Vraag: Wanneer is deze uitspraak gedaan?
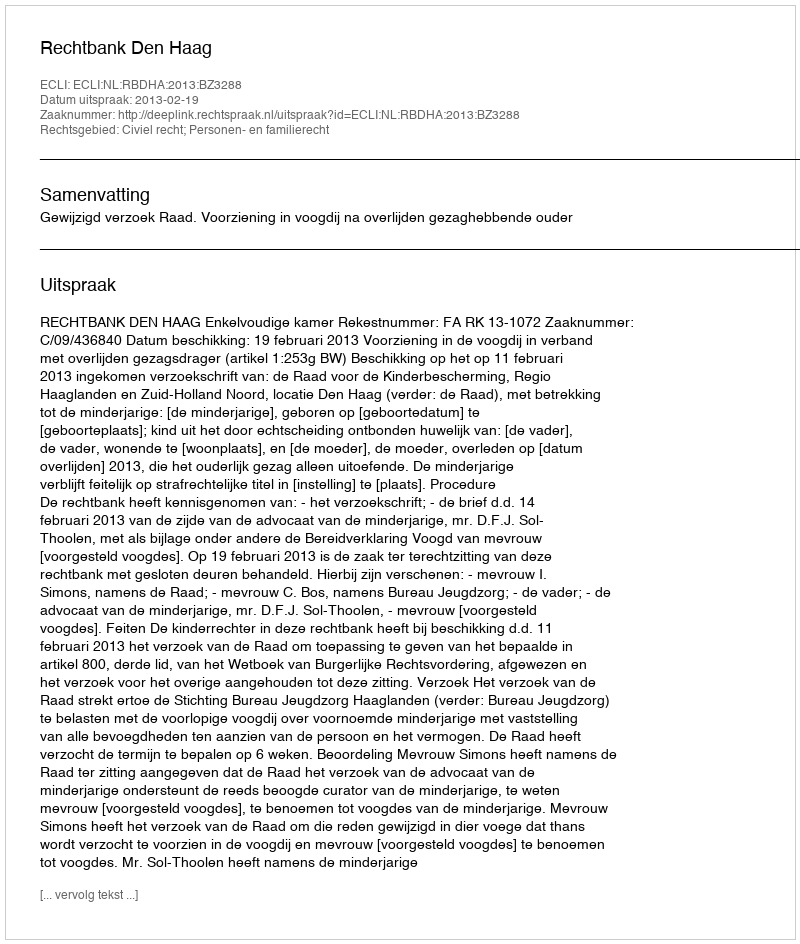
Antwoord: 2013-02-19